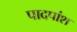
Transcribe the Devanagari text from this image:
पादपांश